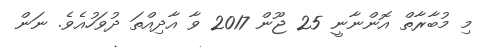
މި މުބާރާތް އޮންނާނީ 25 ޖޫން 2017 ވާ އާދިއްތަ ދުވަހުއެވެ. ނަން